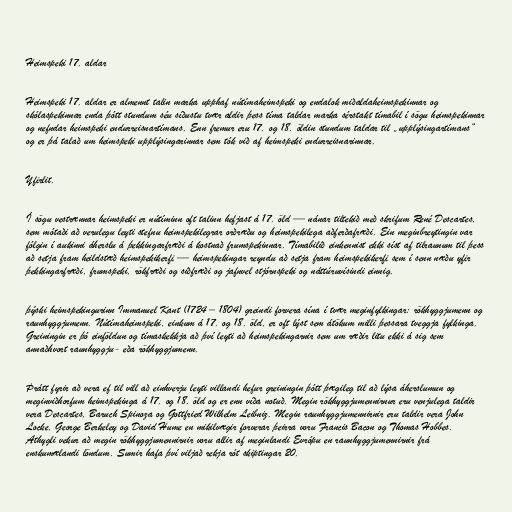
Heimspeki 17. aldar

Heimspeki 17. aldar er almennt talin marka upphaf nútímaheimspeki og endalok miðaldaheimspekinnar og
skólaspekinnar enda þótt stundum séu síðustu tvær aldir þess tíma taldar marka sérstakt tímabil í sögu heimspekinnar
og nefndar heimspeki endurreisnartímans. Enn fremur eru 17. og 18. öldin stundum taldar til „upplýsingartímans“
og er þá talað um heimspeki upplýsingarinnar sem tók við af heimspeki endurreisnarinnar.

Yfirlit.

Í sögu vestrænnar heimspeki er nútíminn oft talinn hefjast á 17. öld — nánar tiltekið með skrifum René Descartes,
sem mótaði að verulegu leyti stefnu heimspekilegrar orðræðu og heimspekilega aðferðafræði. Ein meginbreytingin var
fólgin í aukinni áherslu á þekkingarfræði á kostnað frumspekinnar. Tímabilið einkennist ekki síst af tilraunum til þess
að setja fram heildstæð heimspekikerfi — heimspekingar reyndu að setja fram heimspekikerfi sem í senn næðu yfir
þekkingarfræði, frumspeki, rökfræði og siðfræði og jafnvel stjórnspeki og náttúruvísindi einnig.

þýski heimspekingurinn Immanuel Kant (1724 – 1804) greindi forvera sína í tvær meginfylkingar: rökhyggjumenn og
raunhyggjumenn. Nútímaheimspeki, einkum á 17. og 18. öld, er oft lýst sem átökum milli þessara tveggja fylkinga.
Greiningin er þó einföldun og tímaskekkja að því leyti að heimspekingarnir sem um ræðir litu ekki á sig sem
annaðhvort raunhyggju- eða rökhyggjumenn.

Þrátt fyrir að vera ef til vill að einhverju leyti villandi hefur greiningin þótt þægileg til að lýsa áherslumun og
meginviðhorfum heimspekinga á 17. og 18. öld og er enn víða notuð. Megin rökhyggjumennirnur eru venjulega taldir
vera Descartes, Baruch Spinoza og Gottfried Wilhelm Leibniz. Megin raunhyggjumennirnir eru taldir vera John
Locke, George Berkeley og David Hume en mikilvægir forverar þeirra voru Francis Bacon og Thomas Hobbes.
Athygli vekur að megin rökhyggjumennirnir voru allir af meginlandi Evrópu en raunhyggjumennirnir frá
enskumælandi löndum. Sumir hafa því viljað rekja rót skiptingar 20.